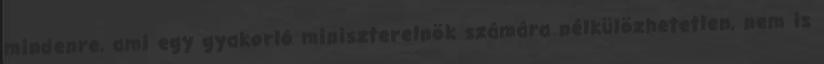
mindenre, ami egy gyakorló miniszterelnök számára nélkülözhetetlen, nem is